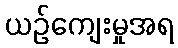
ယဉ်ကျေးမှုအရ